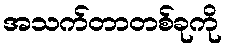
အသက်တာတစ်ခုကို